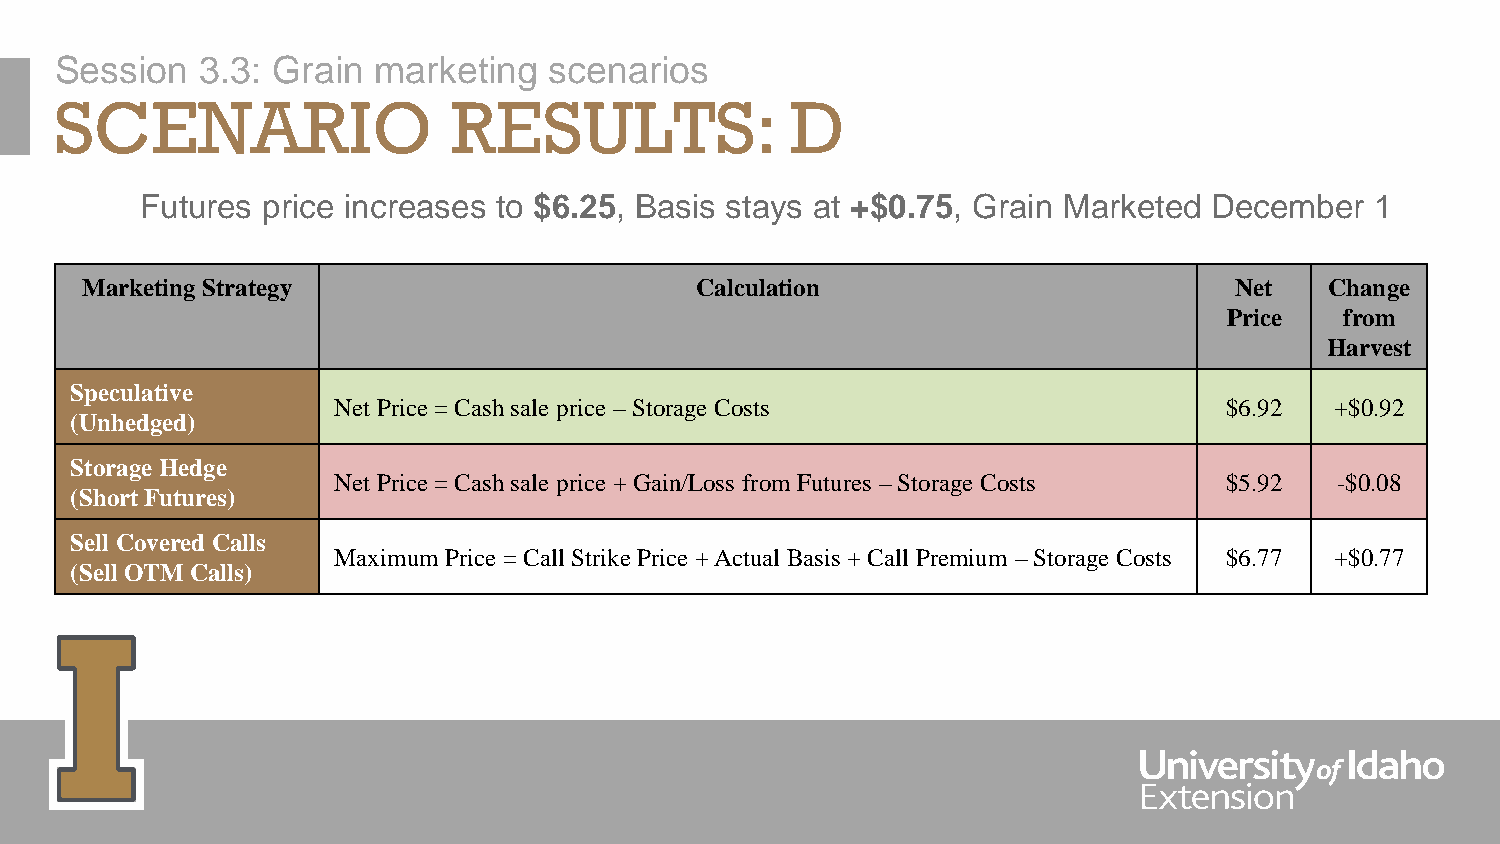
Session  3.3: Grain  marketing  scenarios
 SCENARIO                  RESULTS:              D
 Futures price increases to $6.25, Basis stays at +$0.75, Grain Marketed December  1
 Marketing Strategy                       Calculation                         Net   Change
 Price   from
 Harvest
 Speculative
 Net Price = Cash sale price –Storage Costs                 $6.92  +$0.92
 (Unhedged)
 Storage Hedge
 Net Price = Cash sale price + Gain/Loss from Futures –Storage Costs $5.92 -$0.08
 (Short Futures)
 Sell Covered Calls
 Maximum Price = Call Strike Price + Actual Basis + Call Premium –Storage Costs $6.77 +$0.77
 (Sell OTM Calls)